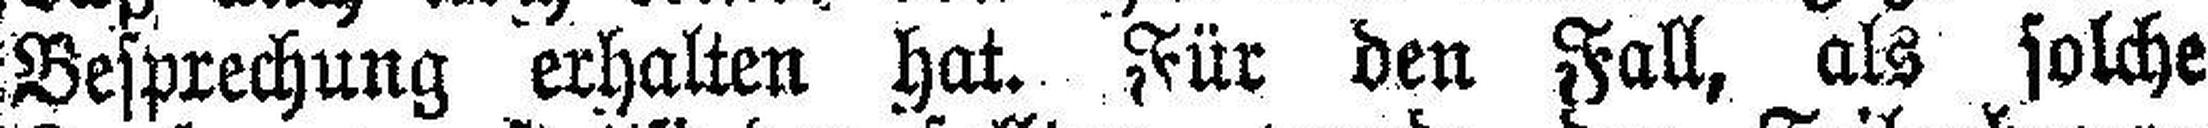
Besprechung erhalten hat. Für den Fall, als solche